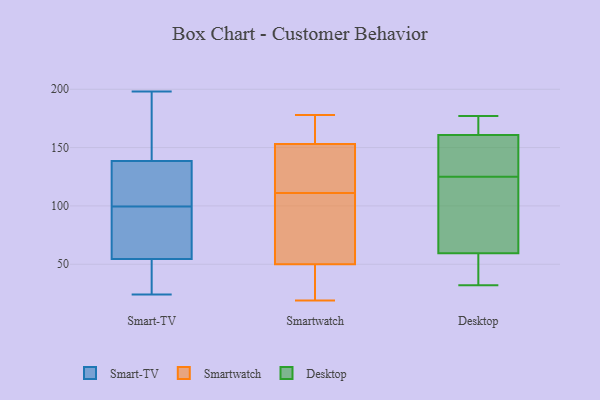
{"axis": {"x": "Latency (ms)", "y": "Value"}, "legend": ["Desktop", "Smart-TV", "Smartwatch"], "data": [{"x": "", "y": 129, "type": "Smart-TV"}, {"x": "", "y": 58, "type": "Smart-TV"}, {"x": "", "y": 185, "type": "Smart-TV"}, {"x": "", "y": 172, "type": "Smart-TV"}, {"x": "", "y": 125, "type": "Smart-TV"}, {"x": "", "y": 127, "type": "Smart-TV"}, {"x": "", "y": 55, "type": "Smart-TV"}, {"x": "", "y": 46, "type": "Smart-TV"}, {"x": "", "y": 148, "type": "Smart-TV"}, {"x": "", "y": 54, "type": "Smart-TV"}, {"x": "", "y": 31, "type": "Smart-TV"}, {"x": "", "y": 24, "type": "Smart-TV"}, {"x": "", "y": 50, "type": "Smart-TV"}, {"x": "", "y": 156, "type": "Smart-TV"}, {"x": "", "y": 99, "type": "Smart-TV"}, {"x": "", "y": 100, "type": "Smart-TV"}, {"x": "", "y": 67, "type": "Smart-TV"}, {"x": "", "y": 122, "type": "Smart-TV"}, {"x": "", "y": 198, "type": "Smart-TV"}, {"x": "", "y": 61, "type": "Smart-TV"}, {"x": "", "y": 177, "type": "Smartwatch"}, {"x": "", "y": 178, "type": "Smartwatch"}, {"x": "", "y": 145, "type": "Smartwatch"}, {"x": "", "y": 116, "type": "Smartwatch"}, {"x": "", "y": 176, "type": "Smartwatch"}, {"x": "", "y": 141, "type": "Smartwatch"}, {"x": "", "y": 156, "type": "Smartwatch"}, {"x": "", "y": 150, "type": "Smartwatch"}, {"x": "", "y": 44, "type": "Smartwatch"}, {"x": "", "y": 28, "type": "Smartwatch"}, {"x": "", "y": 56, "type": "Smartwatch"}, {"x": "", "y": 21, "type": "Smartwatch"}, {"x": "", "y": 106, "type": "Smartwatch"}, {"x": "", "y": 97, "type": "Smartwatch"}, {"x": "", "y": 19, "type": "Smartwatch"}, {"x": "", "y": 60, "type": "Smartwatch"}, {"x": "", "y": 177, "type": "Desktop"}, {"x": "", "y": 165, "type": "Desktop"}, {"x": "", "y": 131, "type": "Desktop"}, {"x": "", "y": 169, "type": "Desktop"}, {"x": "", "y": 55, "type": "Desktop"}, {"x": "", "y": 161, "type": "Desktop"}, {"x": "", "y": 93, "type": "Desktop"}, {"x": "", "y": 138, "type": "Desktop"}, {"x": "", "y": 160, "type": "Desktop"}, {"x": "", "y": 125, "type": "Desktop"}, {"x": "", "y": 58, "type": "Desktop"}, {"x": "", "y": 42, "type": "Desktop"}, {"x": "", "y": 32, "type": "Desktop"}, {"x": "", "y": 95, "type": "Desktop"}, {"x": "", "y": 64, "type": "Desktop"}]}